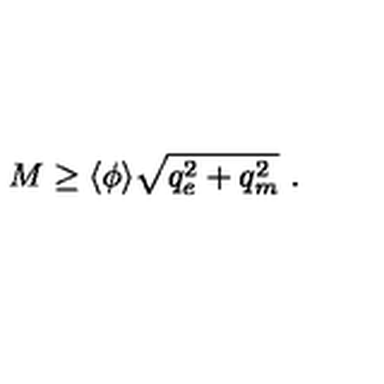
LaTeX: M \geq \langle \phi \rangle \sqrt { q _ { e } ^ { 2 } + q _ { m } ^ { 2 } } \ .